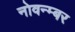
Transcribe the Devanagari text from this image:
नोवन्म्बर